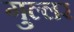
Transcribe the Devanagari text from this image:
गुल्लर